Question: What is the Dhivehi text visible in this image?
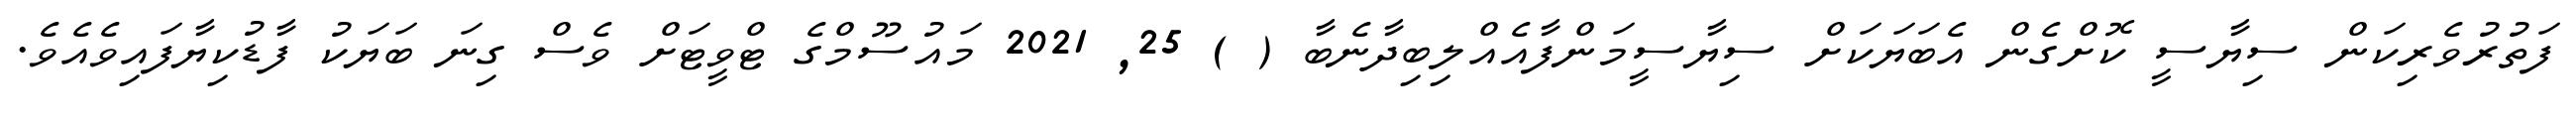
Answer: ފަތުރުވެރިކަން ސިޔާސީ ކޮށްގެން އެބަޔަކަށް ސިޔާސީމަންފާއެއްލިބިދާނެބާ ( ) 25, 2021 މައުސޫމްގެ ޓްވީޓަށް ވެސް ގިނަ ބަޔަކު ފާޑުކިޔާފައިވެއެވެ.